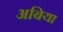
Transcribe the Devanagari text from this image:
अबिया